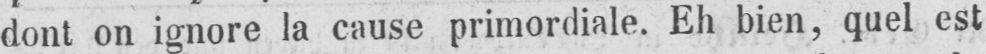
dont on ignore la cause primordiale. Eh bien, quel est